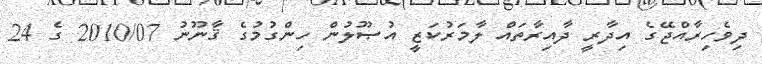
ދިވެހިރާއްޖޭގެ އިދާރީ ދާއިރާތައް ލާމަރުކަޒީ އުޞޫލުން ހިންގުމުގެ ޤާނޫނު 2010/07 ގެ 24